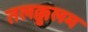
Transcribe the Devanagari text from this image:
तलक्कुलम